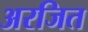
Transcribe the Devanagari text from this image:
अरजित